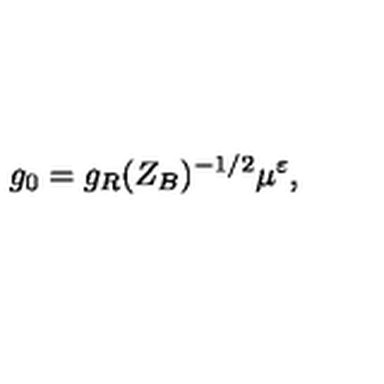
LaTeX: g _ { 0 } = g _ { R } ( Z _ { B } ) ^ { - 1 / 2 } \mu ^ { \varepsilon } ,